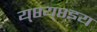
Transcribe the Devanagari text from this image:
य्८य्८इय